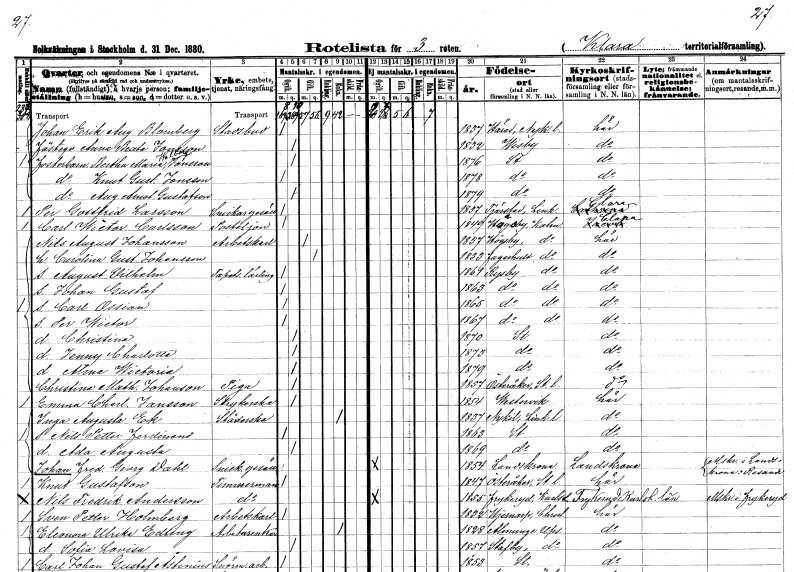
gt_parse: households: individuals: FN: Johan Erik August
EN: Blomberg
YRKE: Stadsbud
KON: M
CIV: O
FODAR: 1837
FODFORS: Härad Södermanlands län
FN: Anna Beata
EN: Jansson
KON: K
CIV: O
FODAR: 1832
FODFORS: Visby Gotlands län
FN: Bertha Maria Walborg
EN: Jonsson
KON: K
CIV: O
FODAR: 1876
FODFORS: Stockholm
FN: Knut Gustaf
EN: Jonsson
KON: M
CIV: O
FODAR: 1878
FODFORS: Stockholm
FN: Augusta Amalia
EN: Gustafson
KON: K
CIV: O
FODAR: 1879
FODFORS: Stockholm
FN: Per Gottfrid
EN: Larsson
YRKE: Snickaregesäll
KON: M
CIV: O
FODAR: 1857
FODFORS: Tjärstad Östergötlands län
FN: Carl Wictor
EN: Carlsson
YRKE: Postiljon
KON: M
CIV: O
FODAR: 1849
FODFORS: Högsby Kalmar län
FN: Nils August
EN: Johansson
YRKE: Arbetskarl
KON: M
CIV: G
FODAR: 1837
FODFORS: Högsby Kalmar län
FN: Carolina Gustafva
EN: Johansson
KON: K
CIV: G
FODAR: 1833
FODFORS: Fagerhult Kalmar län
FN: August Vilhelm
YRKE: Tapetserarelärling
KON: M
CIV: O
FODAR: 1861
FODFORS: Ryssby Kalmar län
FN: Johan Gustaf
KON: M
CIV: O
FODAR: 1863
FODFORS: Ryssby Kalmar län
FN: Carl Ossian
KON: M
CIV: O
FODAR: 1865
FODFORS: Ryssby Kalmar län
FN: Per Wictor
KON: M
CIV: O
FODAR: 1867
FODFORS: Ryssby Kalmar län
FN: Christina
KON: K
CIV: O
FODAR: 1870
FODFORS: Stockholm
FN: Jenny Charlotta
KON: K
CIV: O
FODAR: 1873
FODFORS: Stockholm
FN: Alma Wictoria
KON: K
CIV: O
FODAR: 1879
FODFORS: Stockholm
FN: Christina Mathilda
EN: Johanson
YRKE: Piga
KON: K
CIV: O
FODAR: 1857
FODFORS: Österåker Stockholms län
FN: Emma Charlotta
EN: Jansson
YRKE: Strykerska
KON: K
CIV: O
FODAR: 1854
FODFORS: Västervik Kalmar län
FN: Inga Augusta
EN: Ek
YRKE: Städerska
KON: K
CIV: E
FODAR: 1837
FODFORS: Nykil Östergötlands län
FN: Nils Petter Ferdinand
KON: M
CIV: O
FODAR: 1863
FODFORS: Stockholm
FN: Ada Augusta
KON: K
CIV: O
FODAR: 1869
FODFORS: Stockholm
FN: Johan Fredrik Georg
EN: Dahl
YRKE: Snickaregesäll
KON: M
CIV: O
FODAR: 1854
FODFORS: Landskrona Malmöhus län
FN: Knut
EN: Gustafson
YRKE: Timmerman
KON: M
CIV: O
FODAR: 1847
FODFORS: Österåker Stockholms län
FN: Nils Fredrik
EN: Andersson
YRKE: Timmerman
KON: M
CIV: O
FODAR: 1855
FODFORS: Frykerud Värmlands län
FN: Sven Petter
EN: Holmberg
YRKE: Arbetskarl
KON: M
CIV: O
FODAR: 1832
FODFORS: Hjärnarp Kristianstads län
FN: Eleonora Ulrika
EN: Edling
YRKE: Arbetareänka
KON: K
CIV: E
FODAR: 1828
FODFORS: Almunge Uppsala län
FN: Sofia Lovisa
KON: K
CIV: O
FODAR: 1857
FODFORS: Stavby Uppsala län
FN: Carl Johan Gustaf
EN: Åstenius
YRKE: Snörmakeriarbetare
KON: M
CIV: O
FODAR: 1853
FODFORS: Stockholm